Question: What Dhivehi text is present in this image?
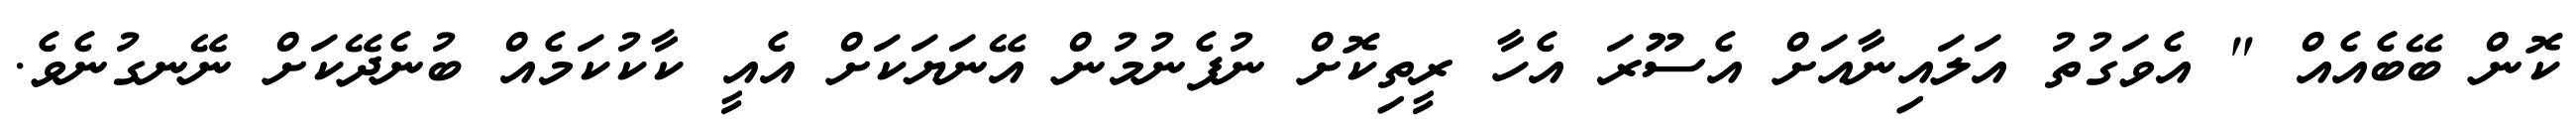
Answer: ކޮން ބޭބެއެއް " އެވަގުތު އަލައިނާއަށް އެސޫރަ އެހާ ރީތިކޮށް ނުފެނުމުން އޭނަޔަކަށް އެއީ ކާކުކަމެއް ބުނެދޭކަށް ނޭނގުނެވެ.